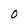
Character: 0